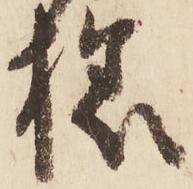
様